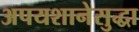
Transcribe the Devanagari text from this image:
अपयशानेसुद्धा